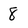
Character: 8